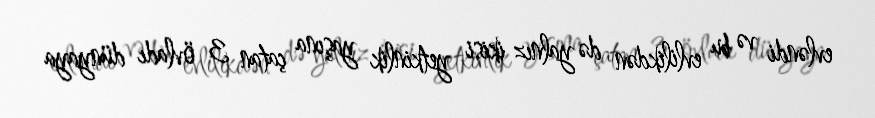
evləndi və bu evlilikdən də yalnız ikisi yetkinlik yaşına çatan 3 övladı dünyaya